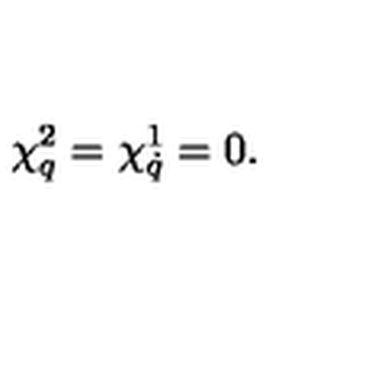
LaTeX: \chi _ { q } ^ { 2 } = \chi _ { \dot { q } } ^ { 1 } = 0 .